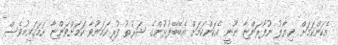
އެކަންކަމަށް ޚިޔާލު ނުފޯރަންޏާ ނޫނީ އެކަންކަމަށް އެބޭބޭފުޅުންގެ ޝަރުޠު ފުރިހަމަނުވާ ކަމަށްވަންޏާ ހަމަގައިމުވެސް